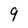
Character: 9